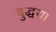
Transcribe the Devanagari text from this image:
बुद्धया